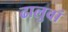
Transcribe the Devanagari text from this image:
ढालुवां